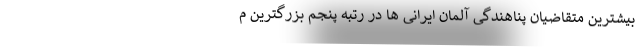
بیشترین متقاضیان پناهندگی آلمان ایرانی ها در رتبه پنجم بزرگترین م